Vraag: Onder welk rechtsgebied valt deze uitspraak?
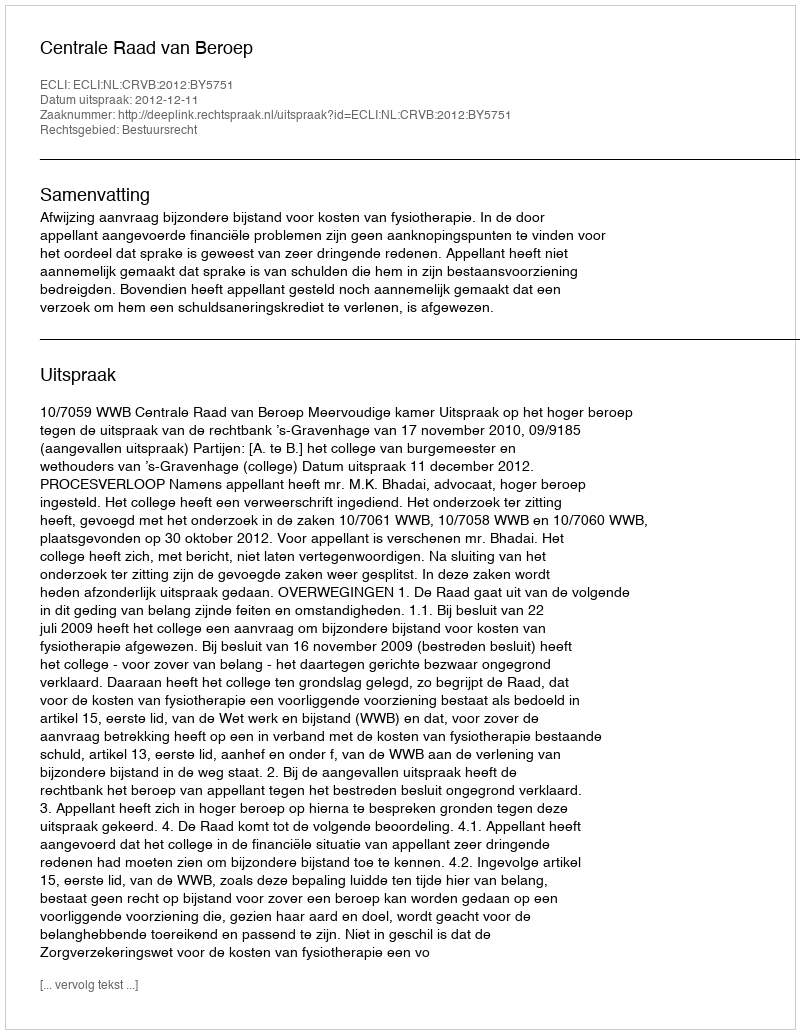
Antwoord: Bestuursrecht